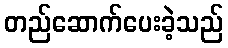
တည်ဆောက်ပေးခဲ့သည်